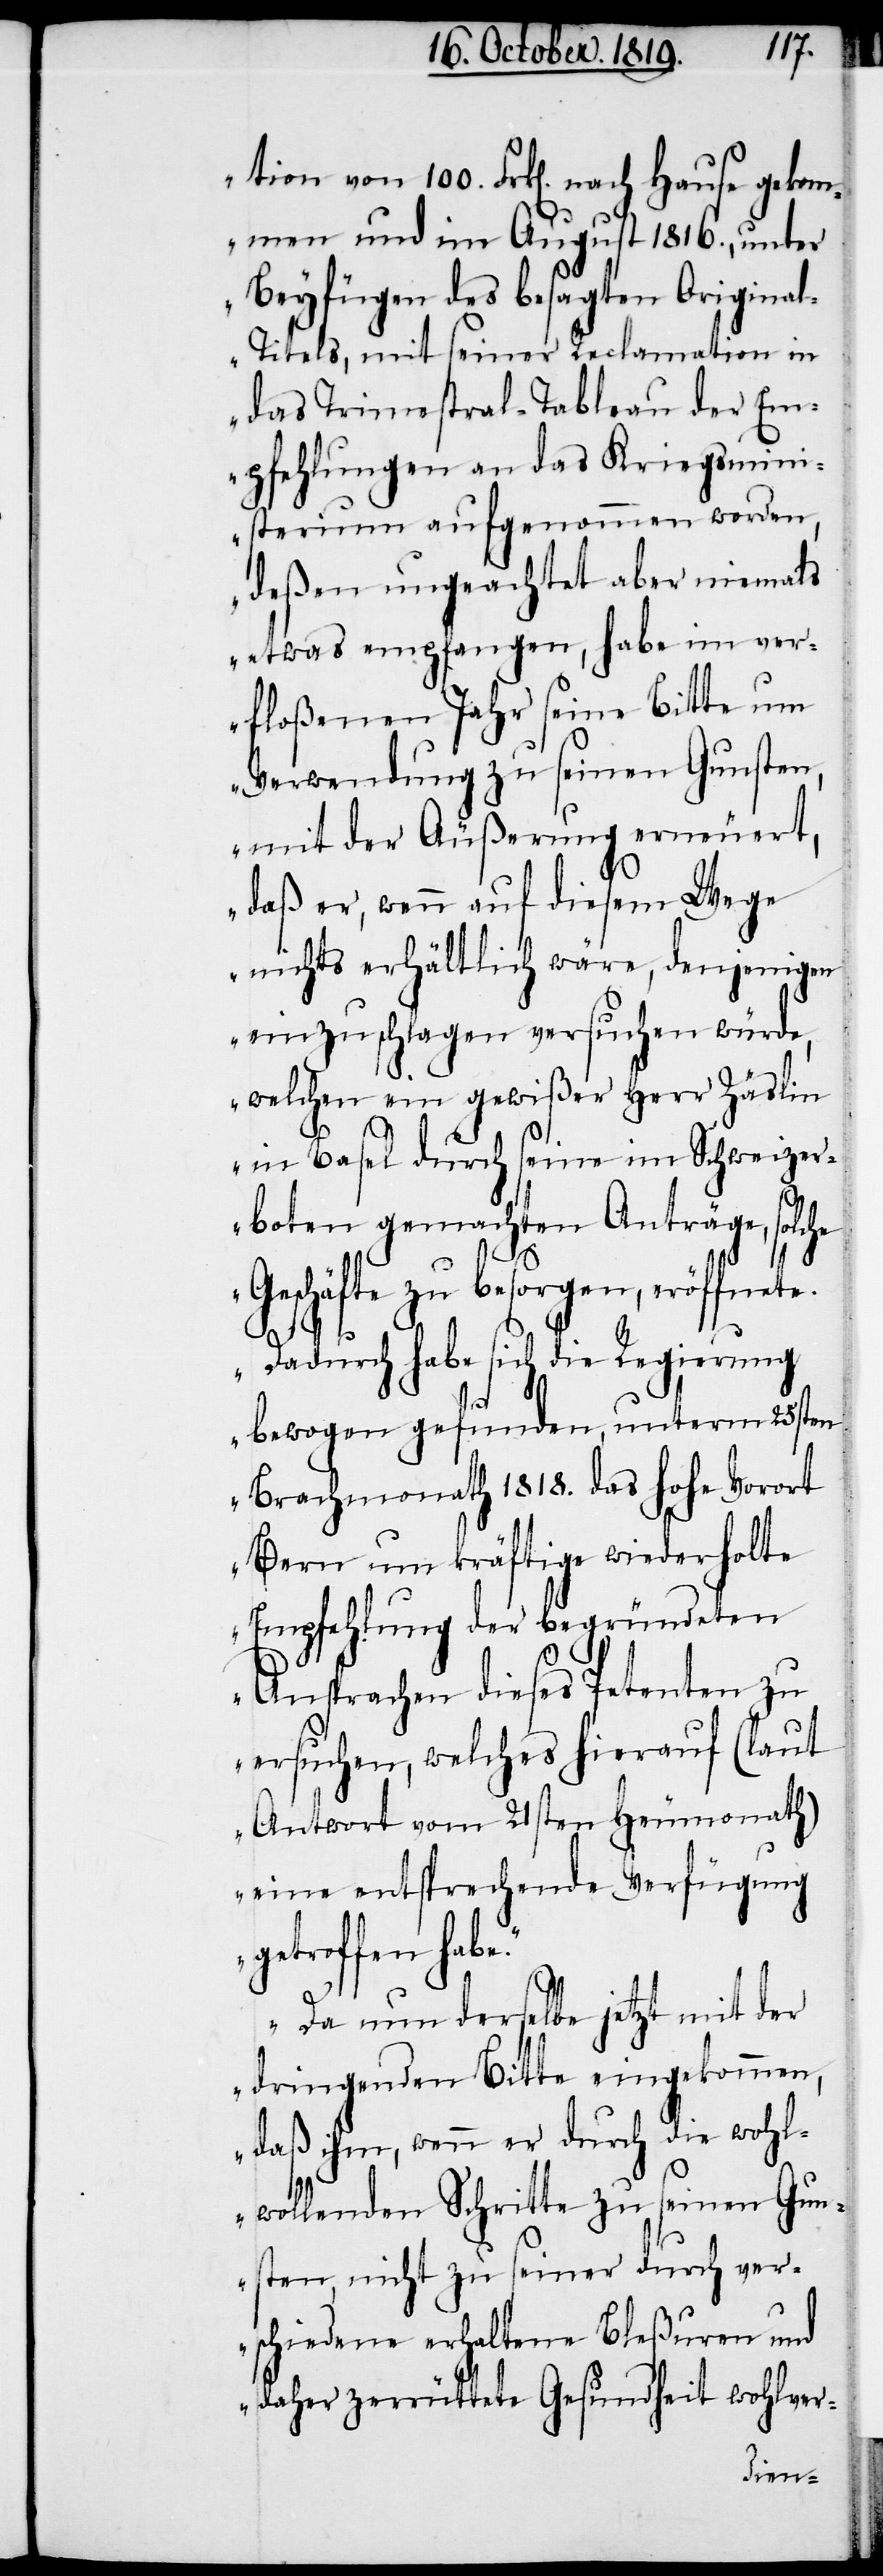
100.
gekommen und im August 1816., unter
Beyfügen des besagten Origina¬
l-Titels, mit seiner Reclamation in
das Trimestral-Tableau der Em¬
pfehlungen an das Kriegsmini¬
sterium aufgenommen werden,
deßen ungeachtet aber niemals
etwas empfangen, habe im ver¬
floßenen Jahr seine Bitte um
Verwendung zu seinen Gunsten,
mit der Äußerung erneuert,
daß er, wenn auf diesem Wege
nichts erhältlich wäre, denjenigen
einzuschlagen versuchen würde,
welchen ein gewißer Herr Zäslin
e.“
in Basel durch seine im Schweizer¬
boten gemachten Anträge, solche
Geschäfte zu besorgen, eröffnet¬
e. Dadurch habe sich die Regierung
bewogen gefunden, unterm 25sten
Brachmonath 1818. das hohe Vorort
Bern um kräftige widerholte
Empfehlung der begründeten
Ansprachen dieses Petenten zu
ersuchen, welches hierauf (laut
Antwort vom 21sten Heumonath)
eine entsprechende Verfügung
getroffen hab¬
Da nun derselbe jetzt mit der
dringenden Bitte eingekommen,
daß ihm, wenn er durch die wohl¬
wollenden Schritte zu seinen Gun¬
sten, nicht zu seiner durch ver¬
schiedene erhaltene Bleßuren und
daher zerrüttete Gesundheit wohlver-